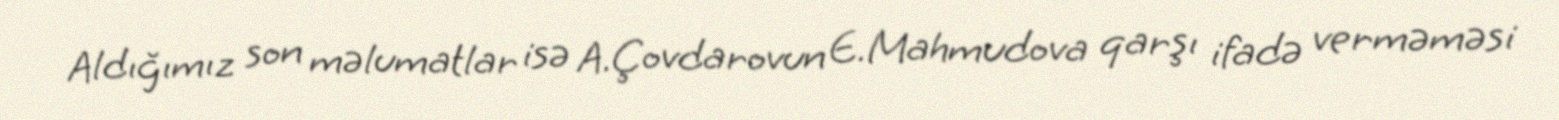
Aldığımız son məlumatlar isə A.Çovdarovun E.Mahmudova qarşı ifadə verməməsi